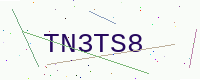
Text: TN3TS8